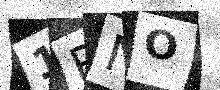
Text: 1PNO